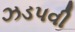
ઝડપવી